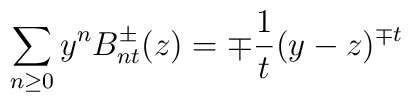
\sum_{n\geq 0}y^nB^\pm_{nt}(z)=\mp{1\over t}(y-z)^{\mp t}